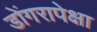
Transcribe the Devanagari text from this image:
डोंगरापेक्षा